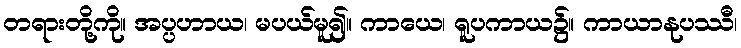
တရားတို့ကို။ အပ္ပဟာယ၊ မပယ်မူ၍။ ကာယေ၊ ရူပကာယ၌။ ကာယာနုပဿီ၊